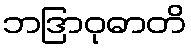
ဘဒြာဝုဓာတိ